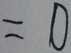
= 0